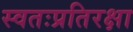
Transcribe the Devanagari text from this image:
स्वतःप्रतिरक्षा